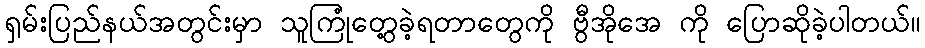
ရှမ်းပြည်နယ်အတွင်းမှာ သူကြုံတွေ့ခဲ့ရတာတွေကို ဗွီအိုအေ ကို ပြောဆိုခဲ့ပါတယ်။